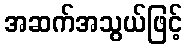
အဆက်အသွယ်ဖြင့်